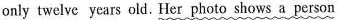
only twelve years old. Her photo shows a person